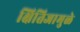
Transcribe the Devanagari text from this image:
क्षितिजामुळे